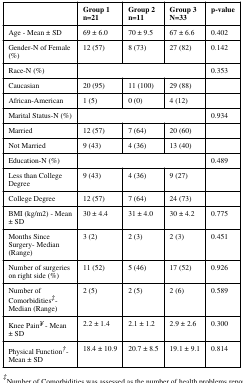
<table><thead><tr><td></td><td><b>Group 1n=21</b></td><td><b>Group 2n=11</b></td><td><b>Group 3N=33</b></td><td><b>p-value</b></td></tr></thead><tbody><tr><td>Age - Mean ± SD</td><td>69 ± 6.0</td><td>70 ± 9.5</td><td>67 ± 6.6</td><td>0.402</td></tr><tr><td>Gender-N of Female(%)</td><td>12 (57)</td><td>8 (73)</td><td>27 (82)</td><td>0.142</td></tr><tr><td>Race-N (%)</td><td colspan="3"></td><td>0.353</td></tr><tr><td>Caucasian</td><td>20 (95)</td><td>11 (100)</td><td>29 (88)</td><td></td></tr><tr><td>African-American</td><td>1 (5)</td><td>0 (0)</td><td>4 (12)</td><td></td></tr><tr><td>Marital Status-N (%)</td><td colspan="3"></td><td>0.934</td></tr><tr><td>Married</td><td>12 (57)</td><td>7 (64)</td><td>20 (60)</td><td></td></tr><tr><td>Not Married</td><td>9 (43)</td><td>4 (36)</td><td>13 (40)</td><td></td></tr><tr><td>Education-N (%)</td><td colspan="3"></td><td>0.489</td></tr><tr><td>Less than CollegeDegree</td><td>9 (43)</td><td>4 (36)</td><td>9 (27)</td><td></td></tr><tr><td>College Degree</td><td>12 (57)</td><td>7 (64)</td><td>24 (73)</td><td></td></tr><tr><td>BMI (kg/m2) - Mean± SD</td><td>30 ± 4.4</td><td>31 ± 4.0</td><td>30 ± 4.2</td><td>0.775</td></tr><tr><td>Months SinceSurgery- Median(Range)</td><td>3 (2)</td><td>2 (3)</td><td>2 (3)</td><td>0.451</td></tr><tr><td>Number of surgerieson right side (%)</td><td>11 (52)</td><td>5 (46)</td><td>17 (52)</td><td>0.926</td></tr><tr><td>Number ofComorbidities‡-Median (Range)</td><td>2 (5)</td><td>2 (5)</td><td>2 (6)</td><td>0.589</td></tr><tr><td>Knee Pain¥ - Mean± SD</td><td>2.2 ± 1.4</td><td>2.1 ± 1.2</td><td>2.9 ± 2.6</td><td>0.300</td></tr><tr><td>Physical Function†-Mean ± SD</td><td>18.4 ± 10.9</td><td>20.7 ± 8.5</td><td>19.1 ± 9.1</td><td>0.814</td></tr></tbody></table>